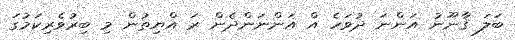
ބަލަ ޤާނޫނު އަންނަ ދުވަހެ އް އަންނަންދެން ރަ އްޔިތުން މި ބިރުވެރިކަމުގަ